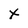
Character: X